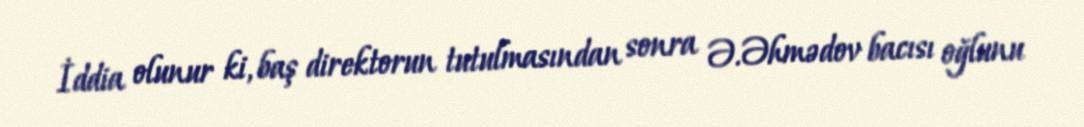
İddia olunur ki, baş direktorun tutulmasından sonra Ə.Əhmədov bacısı oğlunu